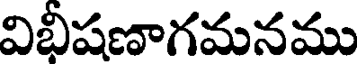
విభీషణాగమనము